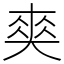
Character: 𠁊